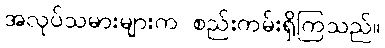
အလုပ်သမားများက စည်းကမ်းရှိကြသည်။